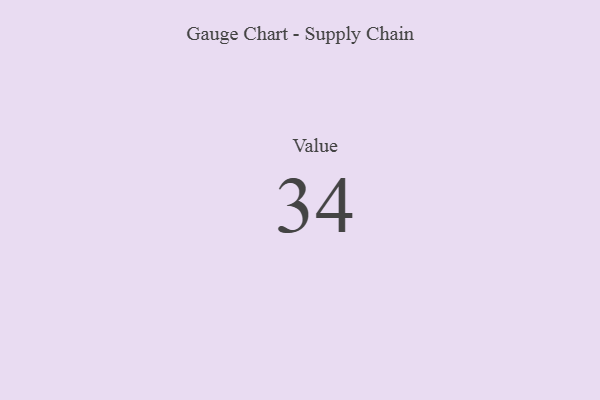
{"axis": {"x": "Metric", "y": "Value"}, "legend": [""], "data": [{"x": "Value", "y": 34, "type": ""}]}